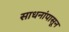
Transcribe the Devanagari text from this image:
साधनांपासून